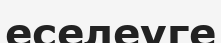
еселеуге